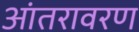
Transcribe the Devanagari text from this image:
आंतरावरण